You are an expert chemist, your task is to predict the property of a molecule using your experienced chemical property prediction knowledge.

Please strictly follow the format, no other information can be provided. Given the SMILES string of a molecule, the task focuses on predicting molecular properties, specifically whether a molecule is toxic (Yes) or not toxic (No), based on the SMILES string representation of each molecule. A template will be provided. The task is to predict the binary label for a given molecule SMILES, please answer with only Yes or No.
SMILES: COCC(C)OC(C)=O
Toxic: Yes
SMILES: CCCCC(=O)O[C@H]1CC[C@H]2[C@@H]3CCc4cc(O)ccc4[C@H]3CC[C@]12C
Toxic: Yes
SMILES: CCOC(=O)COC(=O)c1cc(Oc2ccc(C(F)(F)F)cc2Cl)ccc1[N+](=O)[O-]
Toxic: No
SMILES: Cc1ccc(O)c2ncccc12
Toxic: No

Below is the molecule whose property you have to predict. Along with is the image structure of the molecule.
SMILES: O=C(O)Cc1ccc(CCNS(=O)(=O)c2ccc(Cl)cc2)cc1
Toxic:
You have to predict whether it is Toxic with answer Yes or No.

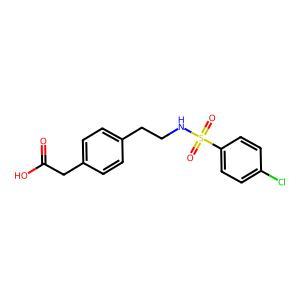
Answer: No